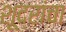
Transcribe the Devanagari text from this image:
शूद्रांचा